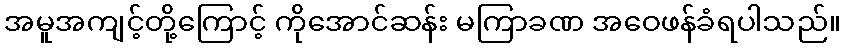
အမူအကျင့်တို့ကြောင့် ကိုအောင်ဆန်း မကြာခဏ အဝေဖန်ခံရပါသည်။